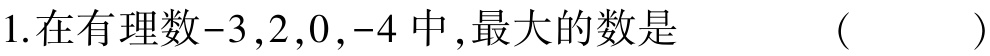
1.在有理数\(-3,2,0,-4\)中,最大的数是  (   )